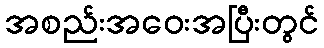
အစည်းအဝေးအပြီးတွင်